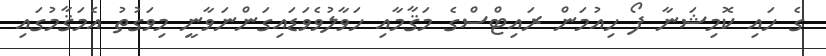
ގެ ހައި ކޮމިޝަނާ ފޯ ހިއުމަން ރައިޓްސްގެ މަޤާމާއި ހަވާލުވެވަޑައިގަންނަވާނީ މިވަގުތު އެމަޤާމުގައި